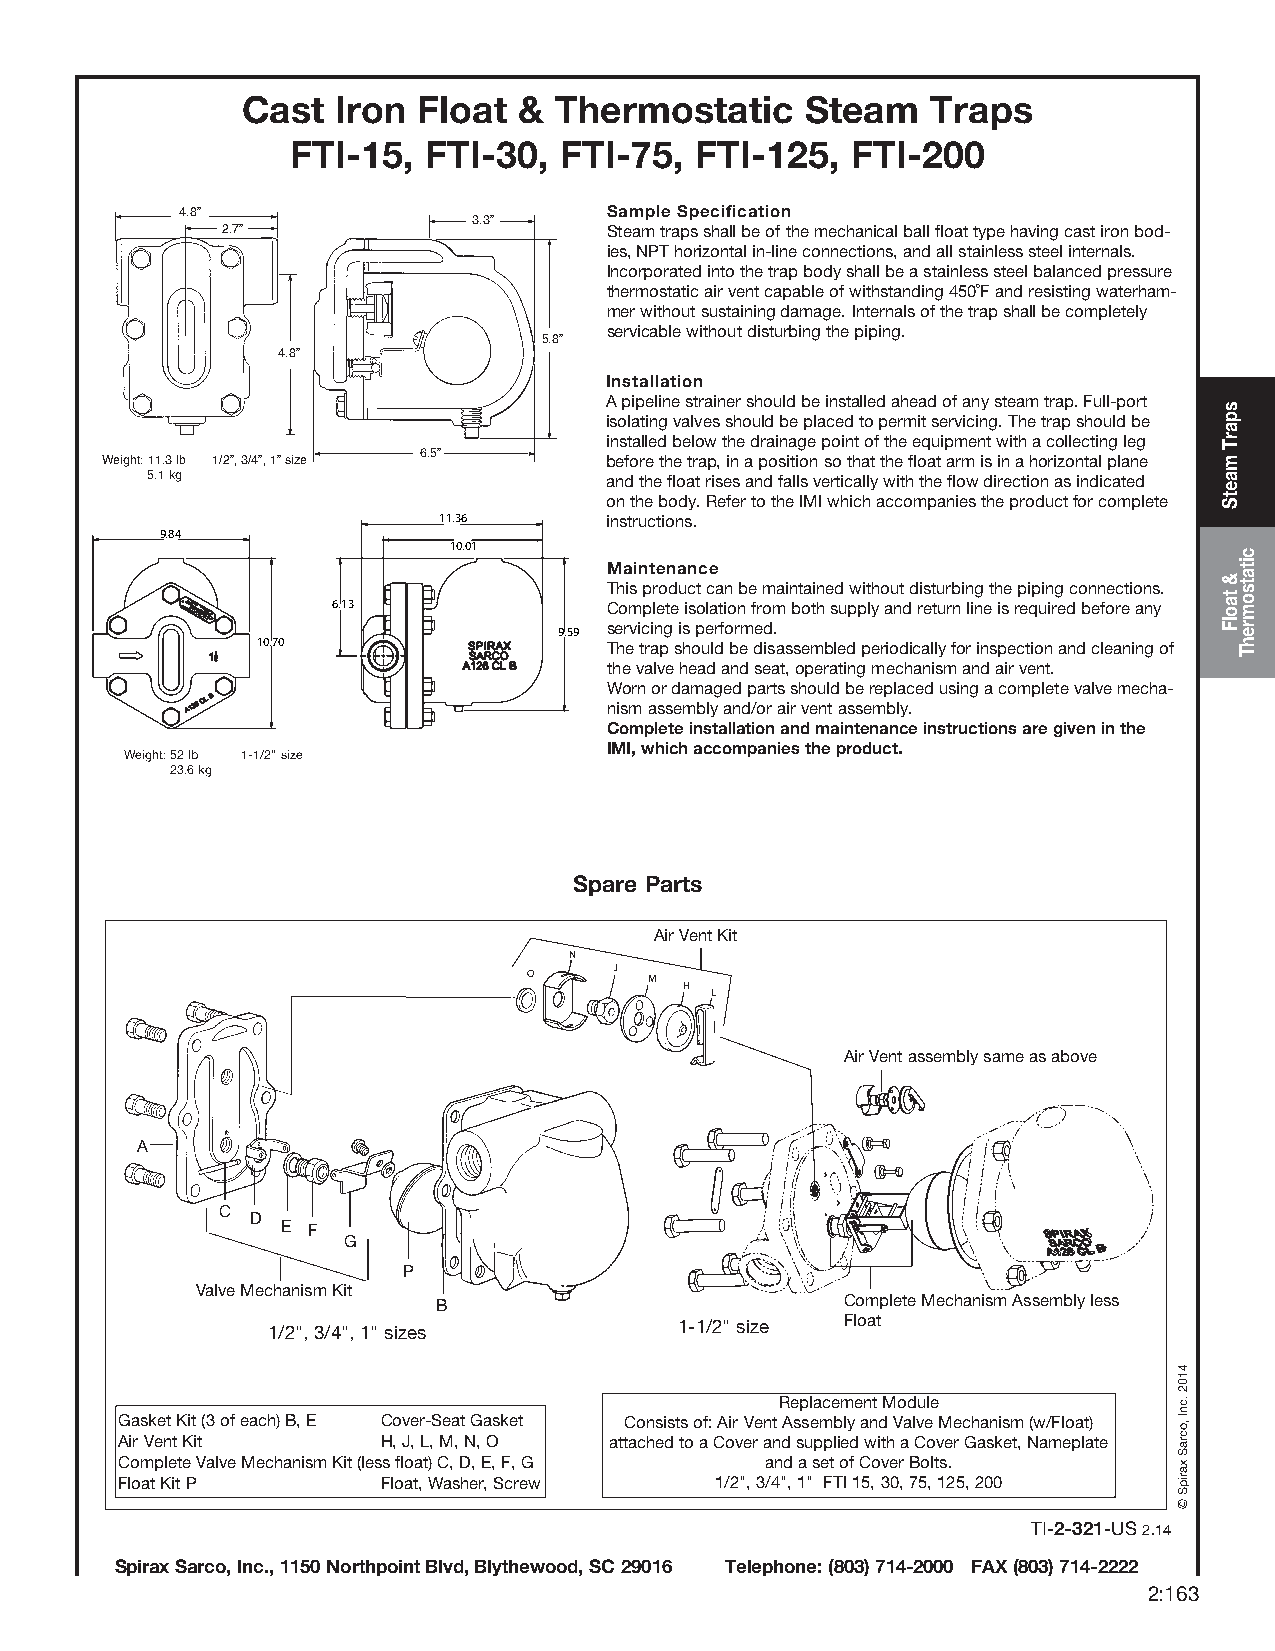
Cast  Iron  Float &  Thermostatic    Steam    Traps
 FTI-15,  FTI-30,  FTI-75,  FTI-125,  FTI-200
 4.8”                        Sample Specification
 3.3”
 2.7”                     Steam traps shall be of the mechanical ball float type having cast iron bod-
 ies, NPT horizontal in-line connections, and all stainless steel internals.
 Incorporated into the trap body shall be a stainless steel balanced pressure
 thermostatic air vent capable of withstanding 450˚F and resisting waterham-
 mer without sustaining damage. Internals of the trap shall be completely
 servicable without disturbing the piping.
 5.8”
 4.8”
 Installation
 A pipeline strainer should be installed ahead of any steam trap. Full-port
 isolating valves should be placed to permit servicing. The trap should be
 installed below the drainage point of the equipment with a collecting leg
 6.5”
 Weight: 11.3 lb 1/2”, 3/4”, 1” size before the trap, in a position so that the float arm is in a horizontal plane
 5.1 kg                        and the float rises and falls vertically with the flow direction as indicated
 on the body. Refer to the IMI which accompanies the product for complete
 11.36      instructions.
 9.84
 10.01
 Maintenance
 This product can be maintained without disturbing the piping connections.
 6.13              Complete isolation from both supply and return line is required before any
 servicing is performed.
 9.59
 10.70                  The trap should be disassembled periodically for inspection and cleaning of
 the valve head and seat, operating mechanism and air vent.
 Worn or damaged parts should be replaced using a complete valve mecha-
 nism assembly and/or air vent assembly.
 Complete installation and maintenance instructions are given in the
 11.36      IMI, which accompanies the product.
 Weight: 52 lb 1-1/2" size
 23.6 kg            10.01
 3.33
 6.54
 10.00Spare Parts
 Air Vent Kit
 N
 O     J M
 H L
 Air Vent assembly same as above
 A
 C
 D
 E F
 G
 P
 Valve Mechanism Kit
 B                          Complete Mechanism Assembly less
 1/2", 3/4", 1" sizes       1-1/2" size Float
 Replacement Module
 Gasket Kit (3 of each) B, E Cover-Seat Gasket Consists of: Air Vent Assembly and Valve Mechanism (w/Float)
 Air Vent Kit     H, J, L, M, N, O attached to a Cover and supplied with a Cover Gasket, Nameplate
 Complete Valve Mechanism Kit (less float) C, D, E, F, G and a set of Cover Bolts.
 Float Kit P      Float, Washer, Screw  1/2", 3/4", 1" FTI 15, 30, 75, 125, 200
 TI-2-321-US 2.14
 Spirax Sarco, Inc., 1150 Northpoint Blvd, Blythewood, SC 29016 Telephone: (803) 714-2000 FAX (803) 714-2222
 22::116633
 4102
 .cnI
 ,ocraS
 xaripS
 ©
 ssppaarrTT
 mmaaeettSS
 &&
 ttaaoollFF
 cciittaattssoommrreehhTT